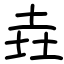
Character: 垚